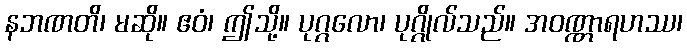
နဘဏတိ၊ မဆို။ ဧဝံ၊ ဤသို့။ ပုဂ္ဂလော၊ ပုဂ္ဂိုလ်သည်။ အဝဏ္ဏာရဟဿ၊